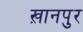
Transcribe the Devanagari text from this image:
ख़ानपुर